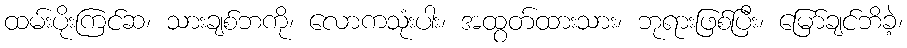
ထမ်းပိုးကြင်ဆ၊ သားချစ်ဘကို၊ လောကသုံးပါး၊ အထွတ်ထားသား၊ ဘုရားဖြစ်ပြီး၊ မြော်ချင်ဘိခဲ့၊